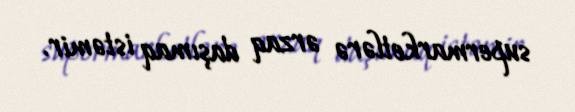
supermarketlərə ərzaq daşımaq istəmir.